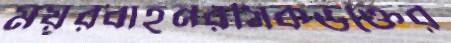
ময়ূরবাহনরসিকভক্তের